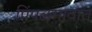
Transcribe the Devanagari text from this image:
पिंपळगावात